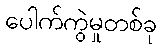
ပေါက်ကွဲမှုတစ်ခု